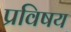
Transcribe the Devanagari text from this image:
प्रविषय